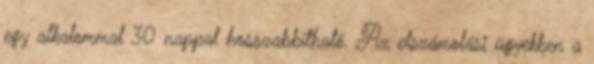
egy alkalommal 30 nappal hosszabbítható. Az elszámolási ügyekben a